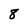
Character: 8